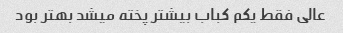
عالی فقط یکم کباب بیشتر پخته میشد بهتر بود